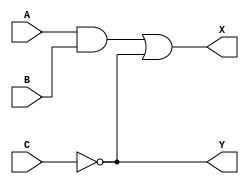
module simple (A, B, C, X, Y);
  input wire A,B,C;
  output wire X,Y;

  wire E;

  and #2 g1(E,A,B);
  not #1 g2(Y,C);
  or  #2 g3(X,E,Y);

endmodule